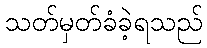
သတ်မှတ်ခံခဲ့ရသည်